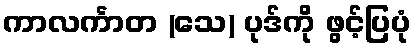
ကာလင်္ကာတ (သေ) ပုဒ်ကို ဖွင့်ပြပုံ